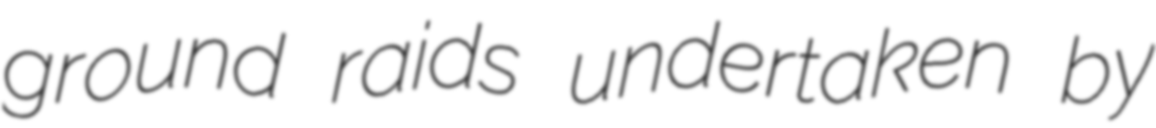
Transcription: ground raids undertaken by